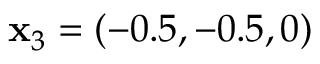
\mathbf { x } _ { 3 } = ( - 0 . 5 , - 0 . 5 , 0 )